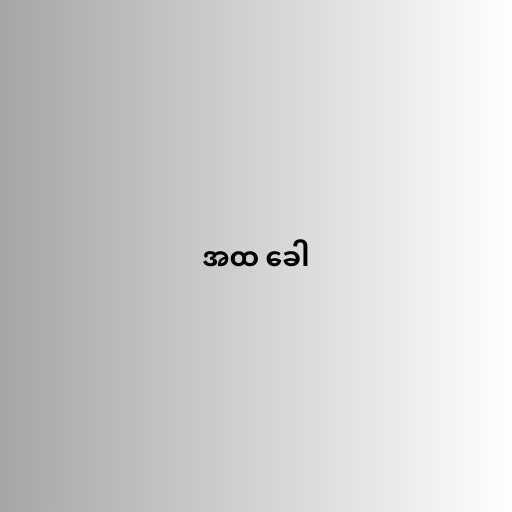
အထ ခေါ